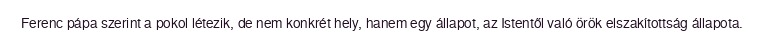
Ferenc pápa szerint a pokol létezik, de nem konkrét hely, hanem egy állapot, az Istentől való örök elszakítottság állapota.